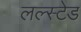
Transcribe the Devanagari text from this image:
लल्स्टेड